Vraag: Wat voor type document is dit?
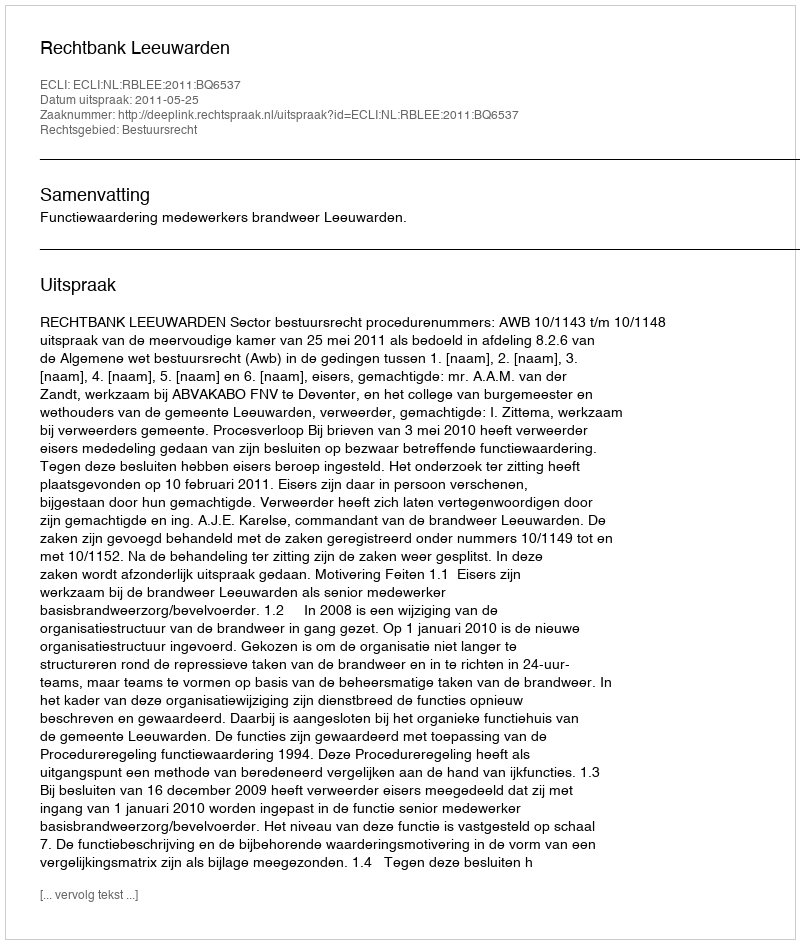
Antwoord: Uitspraak